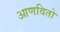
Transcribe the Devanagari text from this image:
आणवितो